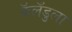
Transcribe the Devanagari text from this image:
कॅलँडुला